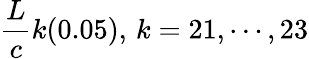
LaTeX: {\frac{L}{c}}k(0.05),\, k=21,\cdots,23